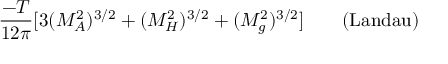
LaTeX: { \frac { - T } { 1 2 \pi } } [ 3 ( M _ { A } ^ { 2 } ) ^ { 3 / 2 } + ( M _ { H } ^ { 2 } ) ^ { 3 / 2 } + ( M _ { g } ^ { 2 } ) ^ { 3 / 2 } ] \qquad \mathrm { ( L a n d a u ) }